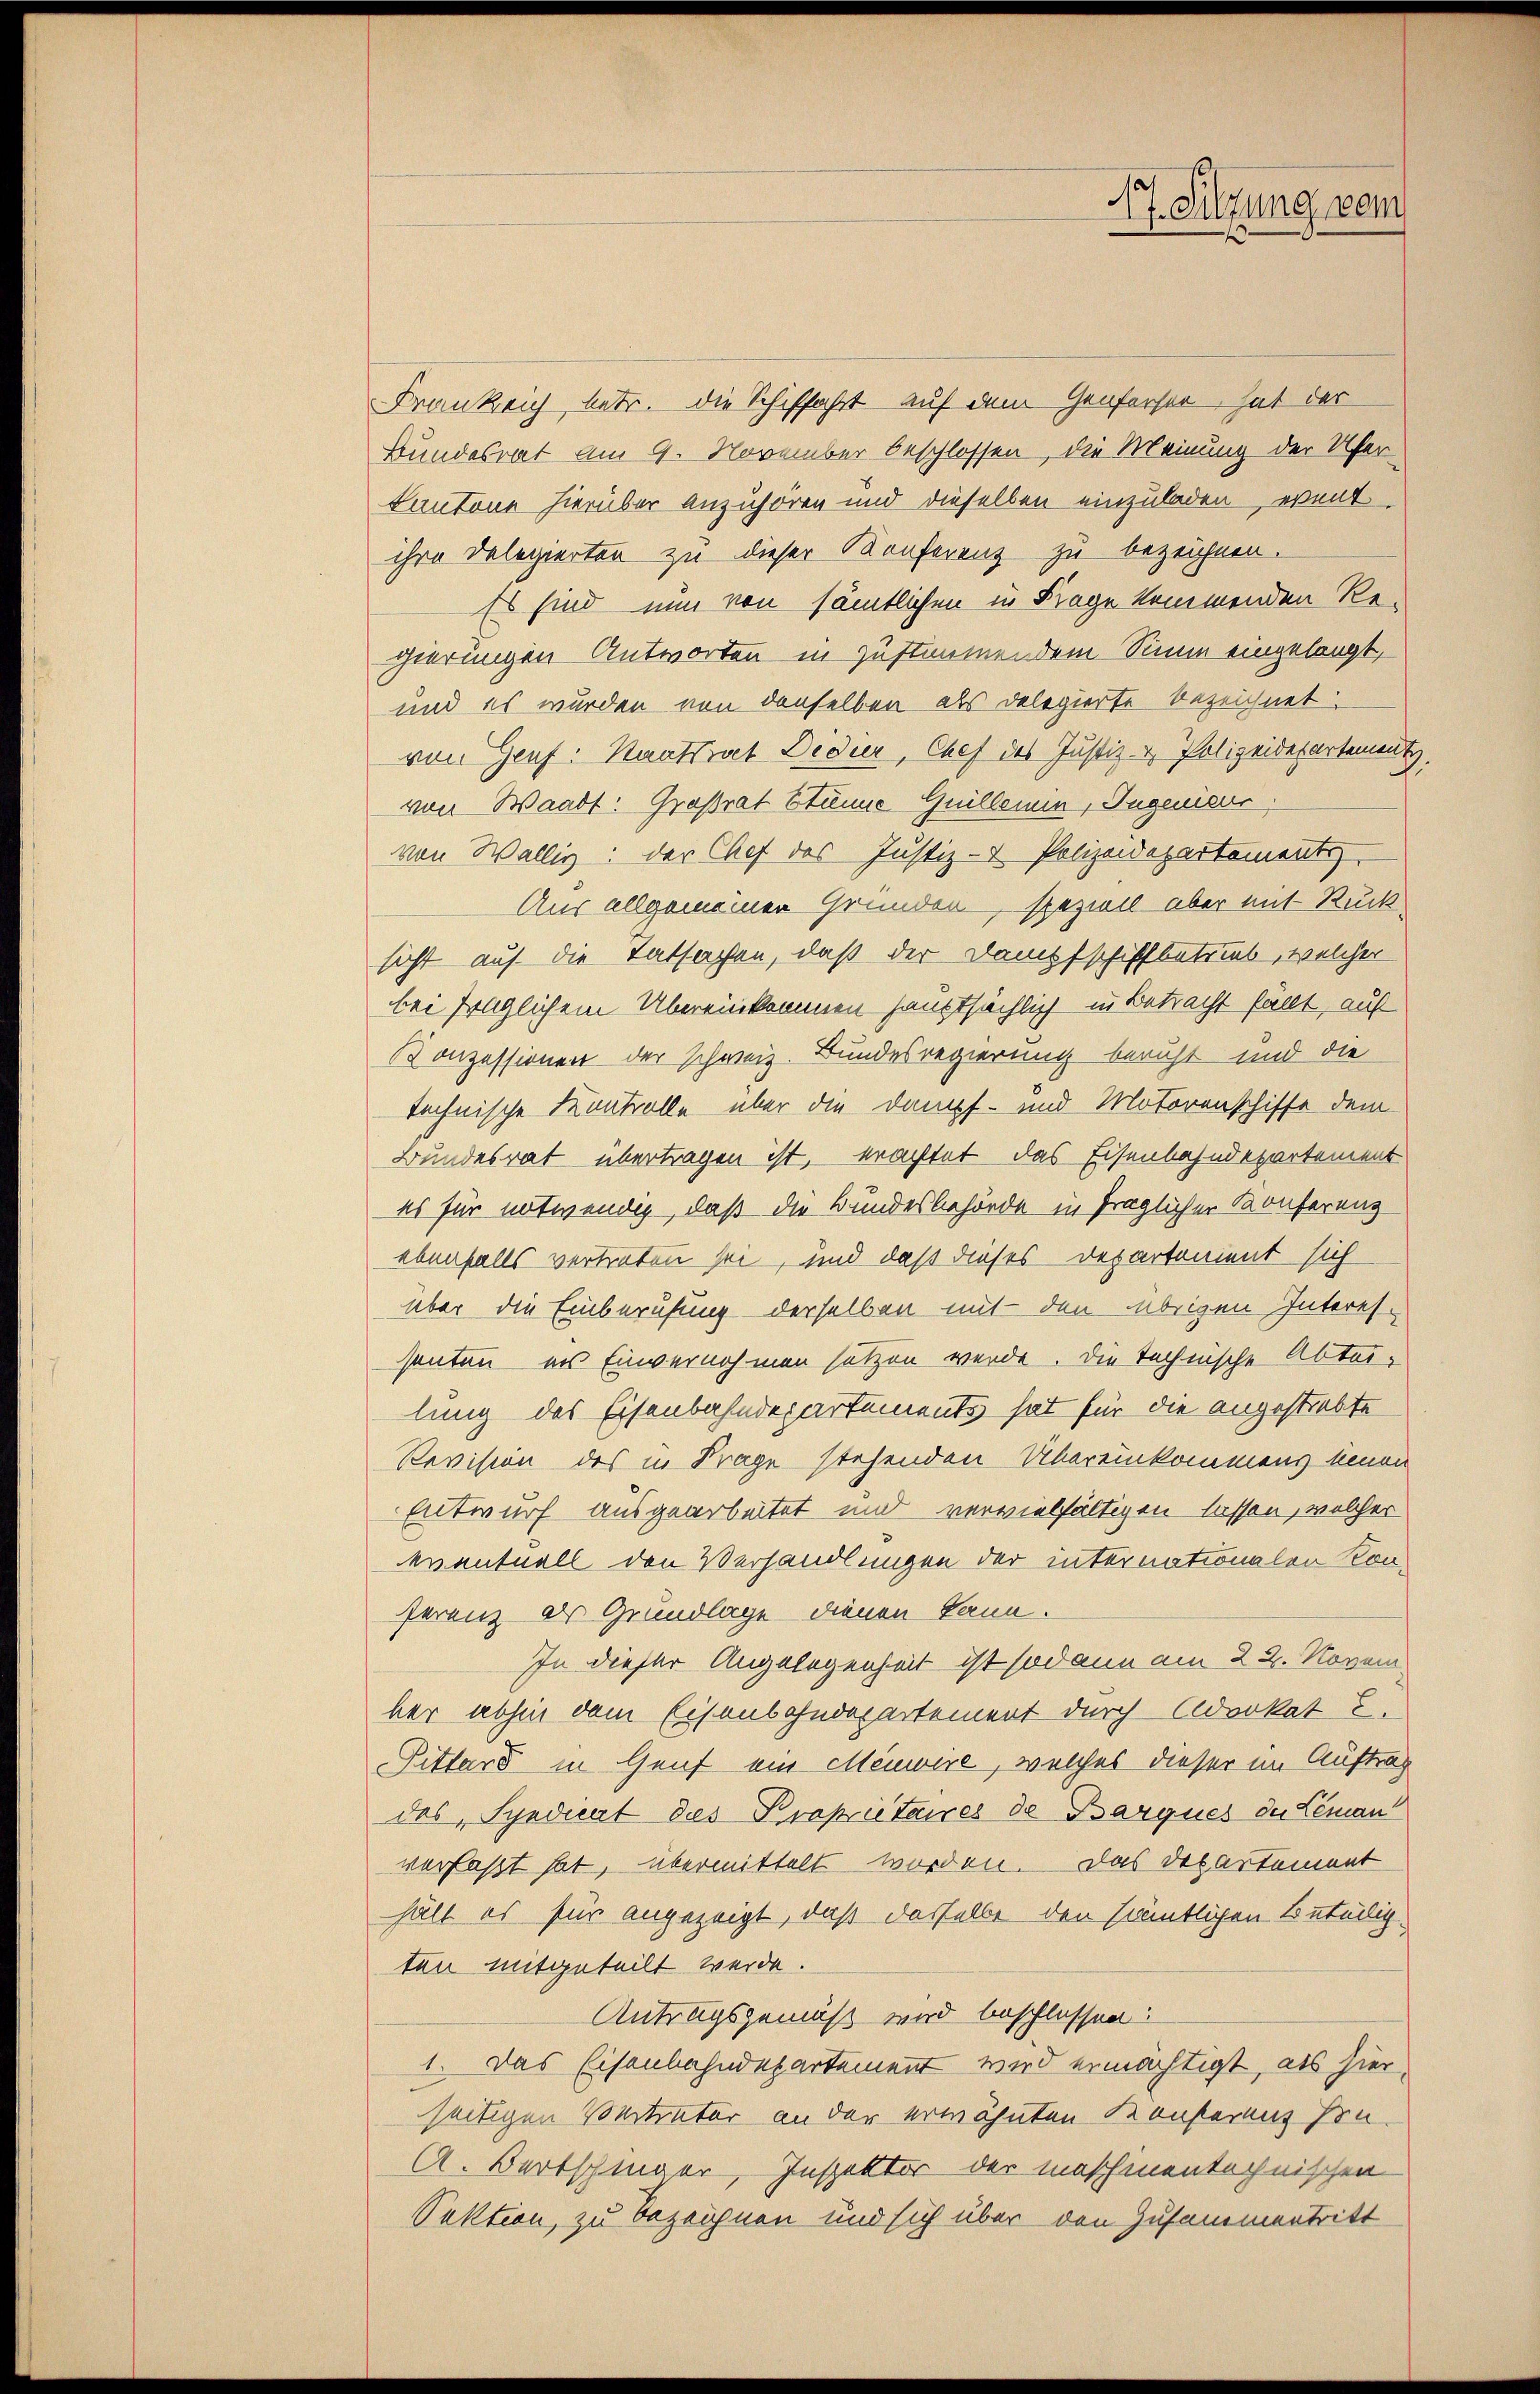
Frankreich, betr. die Schiffahrt auf dem Genferser, hat der
Bundesrat am 9. November beschlossen, die Meinung der Uferkantone hierüber anzuhören und dieselben einzuladen, event
ihre Delegierten zu dieser Konferenz zu bezeichnen.
Es sind nun von sämtlichen in Frage kommenden Re-
gierungen Antworten in zustimmendem Sinne eingelangt,
und es wurden von denselben als Delegierte bezeichnet:
von Genf. Staatsrat Dedier, Chef des Justiz- & Polizeidepartement
von Waadt: Großrat Stöne Guillemin, Ingenieur,
von Wällig: der Chef des Justiz- & Polizeidepartements
Aus allgemeinen Gründen, speziell aber mit Rücksicht auf die Tatsachen, daß der Dampfschiffbetrieb, welcher
bei fraglichem Übereinkommen hauptsächlich in Betracht fällt, auf
Konzessionen der schweiz. Bundesregierung beruht und die
technische Kontrolle über die Dampf- und Motorenschiffe dem
Bundesrat übertragen ist, erachtet das Eisenbahndepartement
es für notwendig, daß die Bundesbehörde in fraglicher Konferenz
ebenfalls vertreten sei, und daß dieses Departonient sich
über die Einberufung derselben mit den übrigen Interes
santen ins Einvernehmen setzen werde. Die technische Abtei-
lung des Eisenbahndepartements hat für die angestrebte
Revision des in Frage stehenden Übereinkommens einen
Entwurf ausgearbeitet und vervielfältigen lassen, welcher
eventuell den Verhandlungen der internationalen Konferenz der Grundlage dienen kann.
In dieser Angelegenheit ist sodann am 22. Novem
ber abhin dem Eisenbahndepartement durch Advokat E.
Sitters in Genf ein Meuwire, welches dieser im Auftrag
des Syndicat des Propriétaires de Barques der Leman
verfaßt hat, übermittelt worden. Das Departement
hält es für angezeigt, daß dasselbe den sämtlichen Beteiligten mitgeteilt werde.
Antragsgemäß wird beschlossen:
1. Das Eisenbahndepartement wird ermächtigt, als hierseitigen Vertreter an der erwähnten Konserenz son-
A. Bertschmer, Inspektor der maschinentechnischen
Sektion, zu bezeichnen und sich über den Zusammentritt

17. Sitzung vom